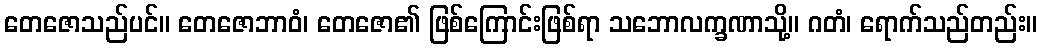
တေဇောသည်ပင်။ တေဇောဘာဝံ၊ တေဇော၏ ဖြစ်ကြောင်းဖြစ်ရာ သဘောလက္ခဏာသို့။ ဂတံ၊ ရောက်သည်တည်း။